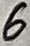
Text: 6